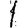
Digit: 1